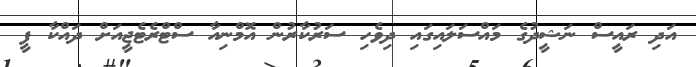
އަދި ރައީސް ނަޝީދުގެ މައްސަލައިގައި ދިވެހި ސަރުކާރުން އޮމްނިއާ ސްޓްރެޓެޖީއަށް ދައްކާ ފީ